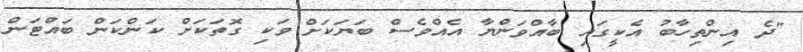
"ދެ އިންތިހާބު އެކީގައި ބާއްވަންޔާ އެއްވެސް ބަޔަކަށް ވަކި ގޮތަކަށް ކަންކަން ބައްޓަން